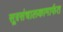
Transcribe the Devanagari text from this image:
सूत्रसंचालकामार्फत